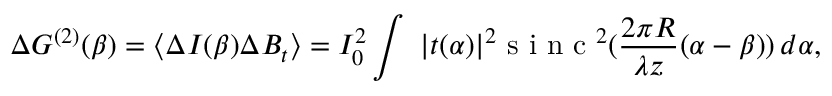
\Delta G ^ { ( 2 ) } ( \beta ) = \langle \Delta I ( \beta ) \Delta B _ { t } \rangle = I _ { 0 } ^ { 2 } \int \ | t ( \alpha ) | ^ { 2 } \mathrm { ~ s ~ i ~ n ~ c ~ } ^ { 2 } ( \frac { 2 \pi R } { \lambda z } ( \alpha - \beta ) ) \, d \alpha ,